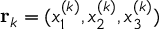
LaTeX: \mathbf { r } _ { k } = ( x _ { 1 } ^ { ( k ) } , x _ { 2 } ^ { ( k ) } , x _ { 3 } ^ { ( k ) } )